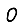
Digit: 0